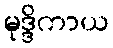
မုဒ္ဒိကာယ